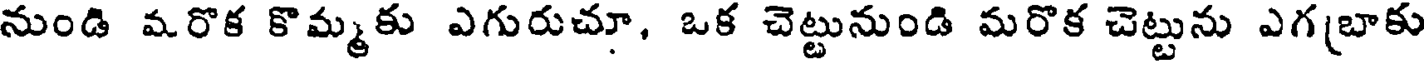
నుండి మరొక కొమ్మకు ఎగురుచూ, ఒక చెట్టునుండి మరొక చెట్టును ఎగ(బాకు